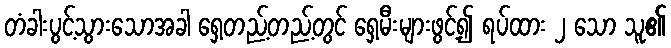
တံခါးပွင့်သွားသောအခါ ရှေ့တည့်တည့်တွင် ရှေ့မီးများဖွင့်၍ ရပ်ထား ၂ သော သူ၏